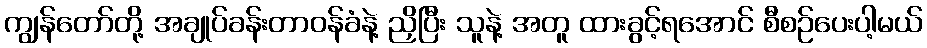
ကျွန်တော်တို့ အချုပ်ခန်းတာဝန်ခံနဲ့ ညှိပြီး သူနဲ့ အတူ ထားခွင့်ရအောင် စီစဉ်ပေးပါ့မယ်